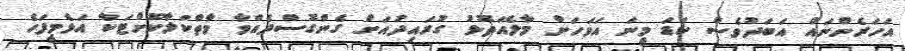
އަހަރެންނައް އަބަދުވެސް ކަޑަ މީނަ އަވަހަށް މާލެއަތޮޅު ގުރައިދުއަށް ގެންގޮސްދެއްވާ މާތްކަލާކޮށްޓަކާ އަޅެމީފަހެ